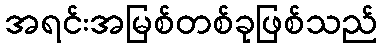
အရင်းအမြစ်တစ်ခုဖြစ်သည်